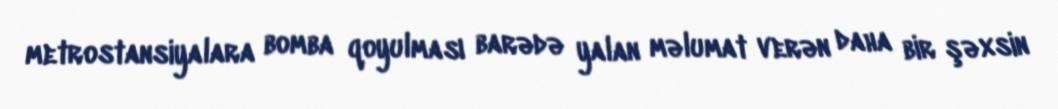
metrostansiyalara bomba qoyulması barədə yalan məlumat verən daha bir şəxsin